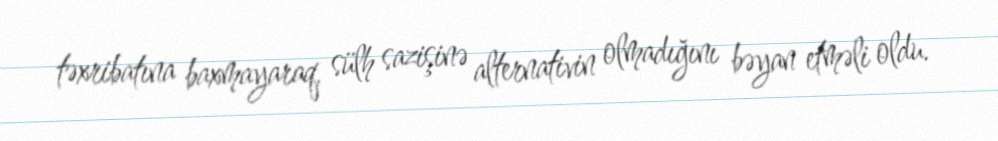
təxribatına baxmayaraq, sülh sazişinə alternativin olmadığını bəyan etməli oldu.